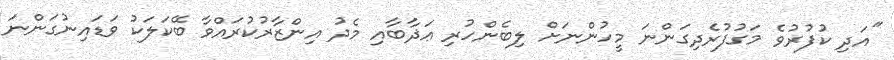
''އަދި ކުފުރުވެ މަގުފުރެދިގަންނަ މީހުންނަށް ލިބެންހުރި ޢަޛާބާއި މެދު އިންޒާރުކުރައްވާ ބޭކަލަކު ވަޑައިނުގަންނަ